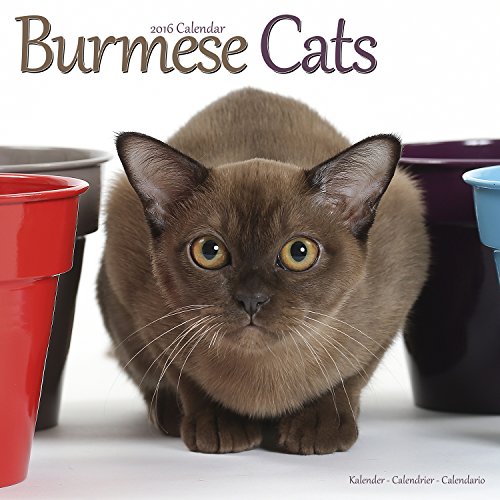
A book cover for Burmese Cats Calendar - 2016 Wall calendars - Cat Calendar - Animal Calendar - Monthly Wall Calendar by Avonside Studio; MegaCalendars; Calendars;